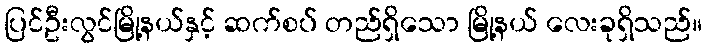
ပြင်ဦးလွင်မြို့နယ်နှင့် ဆက်စပ် တည်ရှိသော မြို့နယ် လေးခုရှိသည်။